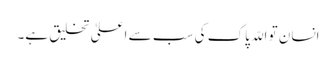
انسان تو اللّہ پاک کی سب سے اعلیٰ تخلیق ہے۔